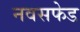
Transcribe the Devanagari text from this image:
नवसफेड